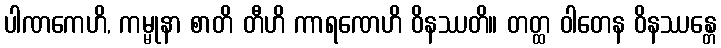
ပါဏကေဟိ, ကမ္မုနာ စာတိ တီဟိ ကာရဏေဟိ ဝိနဿတိ။ တတ္ထ ဝါတေန ဝိနဿန္တေ